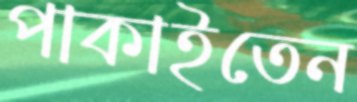
পাকাইতেন